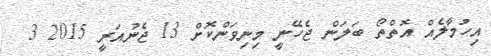
އިހުމާލެއް އޮތްތޯ ބަލަން ޖެހޭނީ މިނިވަންކޮށް 13 ޖެނުއަރީ 2015 3